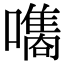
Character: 𡂗